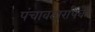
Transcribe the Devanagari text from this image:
पंचावतारांपैकी